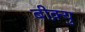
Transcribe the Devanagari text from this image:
बीक़्यु